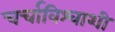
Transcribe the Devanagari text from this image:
चर्चाविश्वाशी